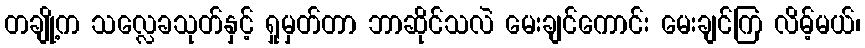
တချို့က သလ္လေခသုတ်နှင့် ရှုမှတ်တာ ဘာဆိုင်သလဲ မေးချင်ကောင်း မေးချင်ကြ လိမ့်မယ်၊